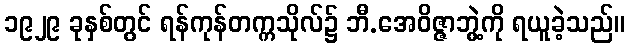
၁၉၂၉ ခုနှစ်တွင် ရန်ကုန်တက္ကသိုလ်၌ ဘီ.အေဝိဇ္ဇာဘွဲ့ကို ရယူခဲ့သည်။